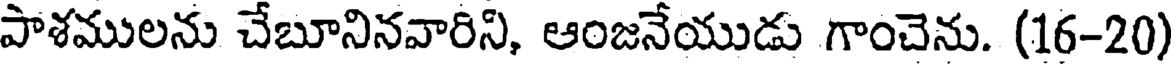
పాశములను చేబూనినవారిని, ఆంజనేయుడు గాంచెను. (16-20)